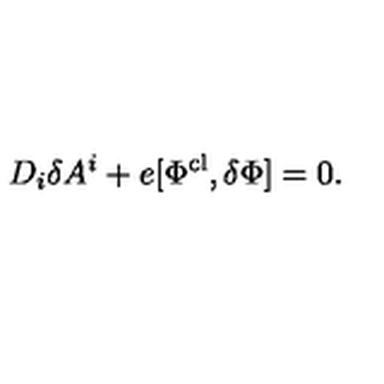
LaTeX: D _ { i } \delta A ^ { i } + e [ \Phi ^ { \mathrm { c l } } , \delta \Phi ] = 0 .